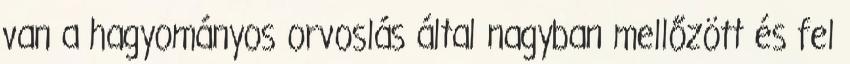
van a hagyományos orvoslás által nagyban mellőzött és fel